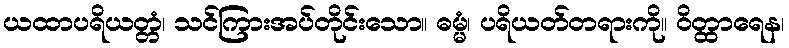
ယထာပရိယတ္တံ၊ သင်ကြားအပ်တိုင်းသော။ ဓမ္မံ၊ ပရိယတ်တရားကို။ ဝိတ္ထာရေန၊